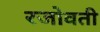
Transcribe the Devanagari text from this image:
रजोवती